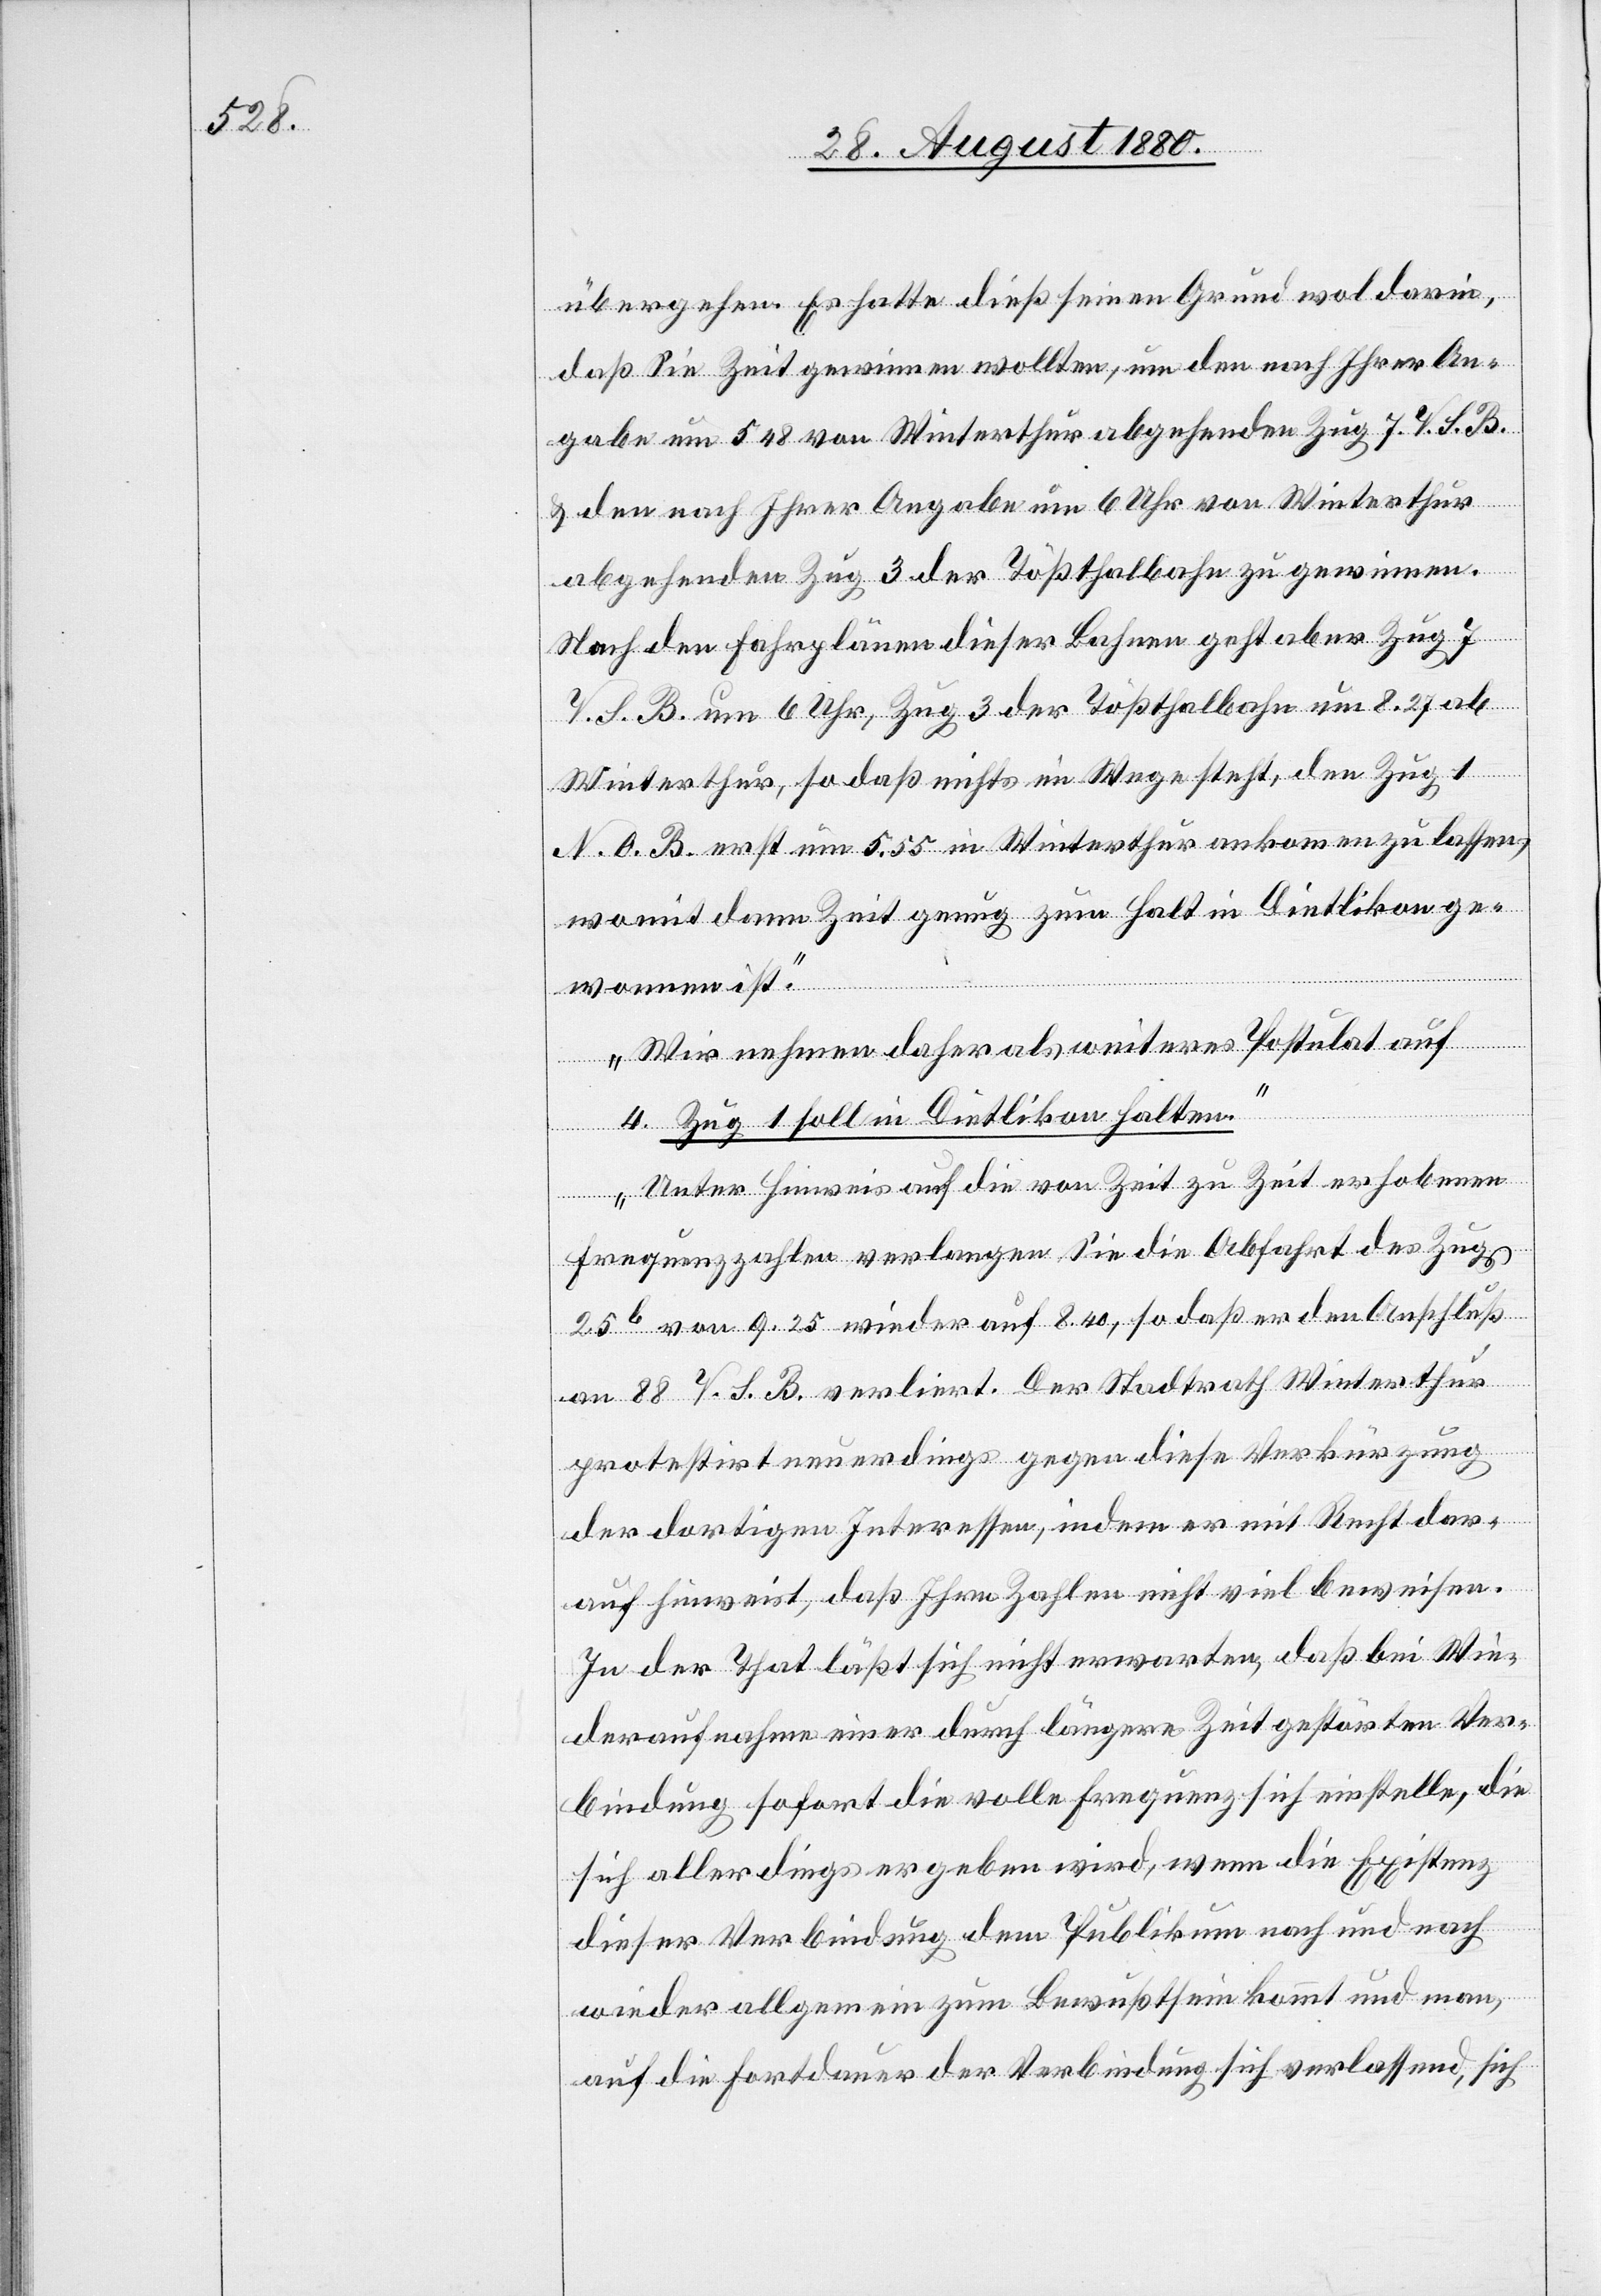
übergehen. Es hatte dieß seinen Grund wol darin,
daß Sie Zeit gewinnen wollten, um den nach Ihrer An¬
gabe um 5 48 von Winterthur abgehenden Zug 7 V. S. B.
& den nach Ihrer Angabe um 6 Uhr von Winterthur
abgehenden Zug 3 der Tößthalbahn zu gewinnen.
Nach den Fahrplänen dieser Bahnen geht aber Zug 7
V. S. B. um 6 Uhr, Zug 3 der Tößthalbahn um 8.27 ab
Winterthur, so daß nicht im Wege steht, den Zug 1
N. O. B. erst um 5.55 in Winterthur ankommen zu lassen,
womit denn Zeit genug zum Halt in Dietlikon ge¬
wonnen ist.
Wir nehmen daher als weiteres Postulat auf:
4. Zug 1 soll in Dietlikon halten.
Unter Hinweis auf die von Zeit zu Zeit erhobenen
Frequenzzahlen verlangen Sie die Abfahrt des Zuges
25b von 9.25 wieder auf 8.40, so daß er den Anschluß
an 88 V. S. B. verliert. Der Stadtrath Winterthur
protestirt neuerdings gegen diese Verkürzung
der dortigen Interessen, indem er mit Recht dar¬
auf hinweist, daß Ihre Zahlen nicht viel beweisen.
In der That läßt sich nicht erwarten, daß bei Wie¬
deraufnahme einer durch längere Zeit gestörten Ver¬
bindung sofort die volle Frequenz sich einstelle, die
sich allerdings ergeben wird, wenn die Existenz
dieser Verbindung dem Publikum nach und nach
wieder allgemein zum Bewußtsein kommt und man,
auf die Fortdauer der Verbindung sich verlassend, sich